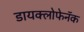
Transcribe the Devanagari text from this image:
डायक्लोफेनॅक